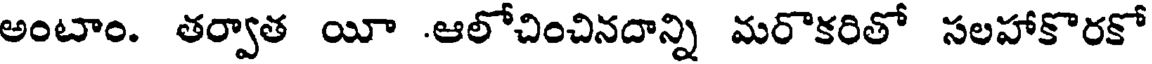
అంటాం. తర్వాత యీ .ఆలోచించినదాన్ని మరొకరితో సలహాకొరకో